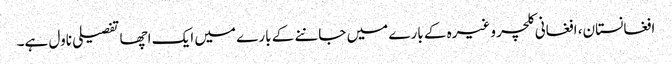
افغانستان، افغانی کلچر وغیرہ کے بارے میں جاننے کے بارے میں ایک اچھا تفصیلی ناول ہے۔